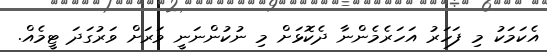
އެކަމަކު މި ފަހަރު އަހަރެމެންނާ ދެކޮޅަށް މި ނުކުންނަނީ ވަރަށް ވަރުގަދަ ޓީމެއް.